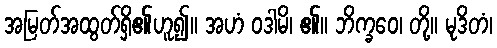
အမြတ်အထွတ်ရှိ၏ဟူ၍။ အဟံ ဝဒါမိ၊ ၏။ ဘိက္ခဝေ၊ တို့။ မုဒိတံ၊